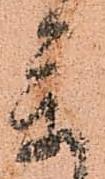
參